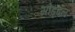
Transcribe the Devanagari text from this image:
सोड्ढल